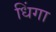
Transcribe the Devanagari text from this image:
धिंगा